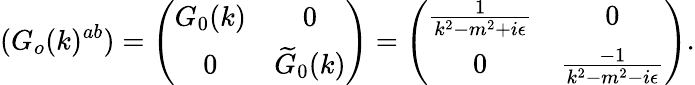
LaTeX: (G_{o}(k)^{ab})=\left(\begin{array}{cc}{{G_{0}(k)}}&{{0}}\\ {{0}}&{{\widetilde{G}_{0}(k)}}\end{array}\right)=\left(\begin{array}{cc}{{\frac{1}{k^{2}-m^{2}+i\epsilon}}}&{{0}}\\ {{0}}&{{\frac{-1}{k^{2}-m^{2}-i\epsilon}}}\end{array}\right).